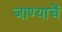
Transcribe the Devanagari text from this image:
जाण्याचें